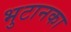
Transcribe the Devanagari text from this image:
भुटानका